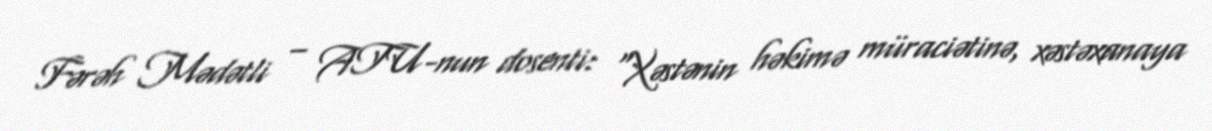
Fərəh Mədətli – ATU-nun dosenti: “Xəstənin həkimə müraciətinə, xəstəxanaya